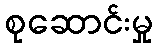
စုဆောင်းမှု